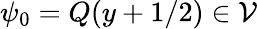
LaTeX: \psi_{0}=Q(y+1/2)\in\mathcal{V}